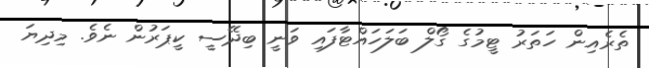
ތެރެއިން ހަތަރު ޓީމުގެ ގޯލް ބަލަހައްޓާފައި ވަނީ ބިދޭސީ ކީޕަރުން ނެވެ. މިދިޔަ